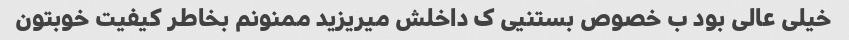
خیلی عالی بود ب خصوص بستنیی ک داخلش میریزید ممنونم بخاطر کیفیت خوبتون